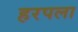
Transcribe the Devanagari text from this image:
हरपला